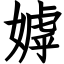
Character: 嫭